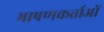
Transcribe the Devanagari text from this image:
भाषणकर्त्ताओं